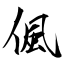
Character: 偑